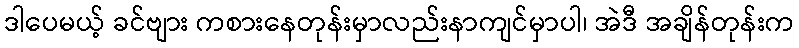
ဒါပေမယ့် ခင်ဗျား ကစားနေတုန်းမှာလည်းနာကျင်မှာပါ၊ အဲဒီ အချိန်တုန်းက